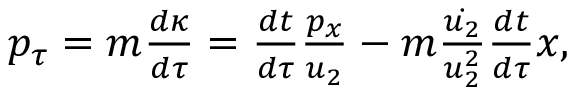
\begin{array} { r } { p _ { \tau } = m \frac { d \kappa } { d \tau } = \frac { d t } { d \tau } \frac { p _ { x } } { u _ { 2 } } - m \frac { \dot { u _ { 2 } } } { u _ { 2 } ^ { 2 } } \frac { d t } { d \tau } x , } \end{array}